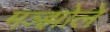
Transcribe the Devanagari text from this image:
मञ्झोले